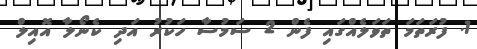
1. ފުރަތަމަ ތަވަލެއްގައި ފެން 2 ސަމުސާ ހަކުރު އަދި ކެނޯލާ އޮއިލް